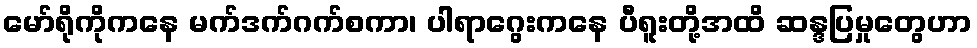
မော်ရိုကိုကနေ မက်ဒက်ဂက်စကာ၊ ပါရာဂွေးကနေ ပီရူးတို့အထိ ဆန္ဒပြမှုတွေဟာ